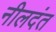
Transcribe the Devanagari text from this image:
नीलदंत